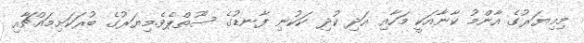
މިމިޔަރުގެ އާންމު ކާނާއަކީ މަހާއި އަދި ކުދި ކަކުނި ފާނޑުގެ ސޫތްޕެވެ.މިޔަރުގެ ބުރަކަށިމައްޗާއި